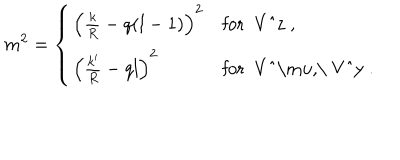
m ^ { 2 } = \left\{ \begin{array} { l l } { { \left( \frac k R - q ( l - 1 ) \right) ^ { 2 } } } & { { \mathrm { f o r ~ V ^ { z } ~ , } } } \\ { { \left( \frac { k ^ { \prime } } R - q l \right) ^ { 2 } } } & { { \mathrm { f o r ~ V ^ { \ m u } , \ V ^ { y } ~ } . } } \\ \end{array} \right.